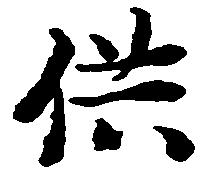
供